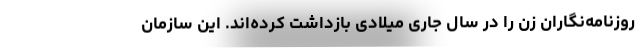
روزنامه‌نگاران زن را در سال جاری میلادی بازداشت کرده‌اند. این سازمان